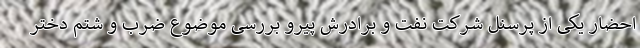
احضار یکی از پرسنل شرکت نفت و برادرش پیرو بررسی موضوع ضرب و شتم دختر